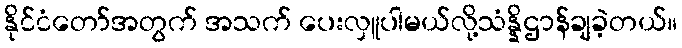
နိုင်ငံတော်အတွက် အသက် ပေးလှူပါမယ်လို့သံန္နိဌာန်ချခဲ့တယ်။